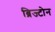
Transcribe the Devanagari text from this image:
ब्रिज्टोन